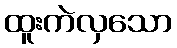
ထူးကဲလှသော